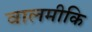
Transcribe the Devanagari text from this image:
वालमीकि